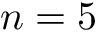
n = 5